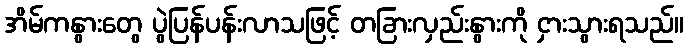
အိမ်ကနွားတွေ ပွဲပြန်ပန်းလာသဖြင့် တခြားလှည်းနွားကို ငှားသွားရသည်။